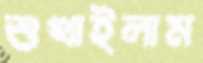
শুখাইলাম